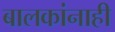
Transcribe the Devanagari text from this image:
बालकांनाही